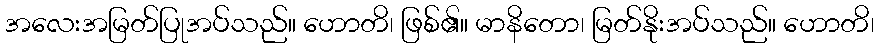
အလေးအမြတ်ပြုအပ်သည်။ ဟောတိ၊ ဖြစ်၏။ မာနိတော၊ မြတ်နိုးအပ်သည်။ ဟောတိ၊